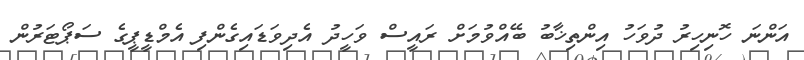
އަންނަ ހޮނިހިރު ދުވަހު އިންތިޚާބު ބޭއްވުމަށް ރައީސް ވަހީދު އެދިވަޑައިގެންފި އެމްޑީޕީގެ ސަޕޯޓަރުން